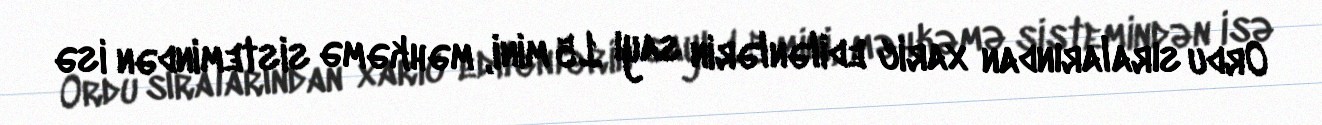
Ordu sıralarından xaric edilənlərin sayı 15 mini, məhkəmə sistemindən isə